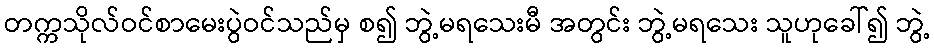
တက္ကသိုလ်ဝင်စာမေးပွဲဝင်သည်မှ စ၍ ဘွဲ့မရသေးမီ အတွင်း ဘွဲ့မရသေး သူဟုခေါ်၍ ဘွဲ့